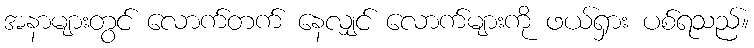
အနာများတွင် လောက်တက် နေလျှင် လောက်များကို ဖယ်ရှား ပစ်ရသည်။